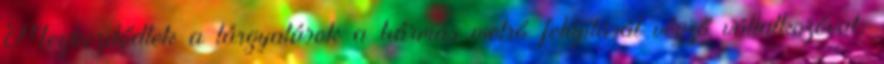
Megkezdődtek a tárgyalások a hármas metró felújítását végző vállalkozóval,